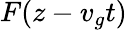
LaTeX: F(z-v_{g}t)